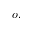
\boldsymbol { o } ,